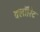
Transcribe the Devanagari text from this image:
क्लॉरिट